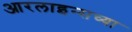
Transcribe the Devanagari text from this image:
आरलाइन्सच्या